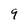
Character: 9